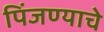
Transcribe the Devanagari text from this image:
पिंजण्याचे